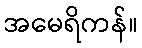
အမေရိကန်။